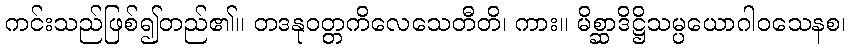
ကင်းသည်ဖြစ်၍တည်၏။ တဒနုဝတ္တကိလေသေတီတိ၊ ကား။ မိစ္ဆာဒိဋ္ဌိသမ္ပယောဂါဝသေနစ၊